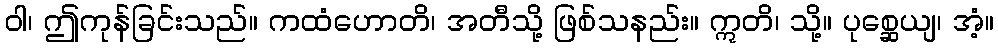
ဝါ၊ ဤကုန်ခြင်းသည်။ ကထံဟောတိ၊ အတီသို့ ဖြစ်သနည်း။ ဣတိ၊ သို့။ ပုစ္ဆေယျ၊ အံ့။